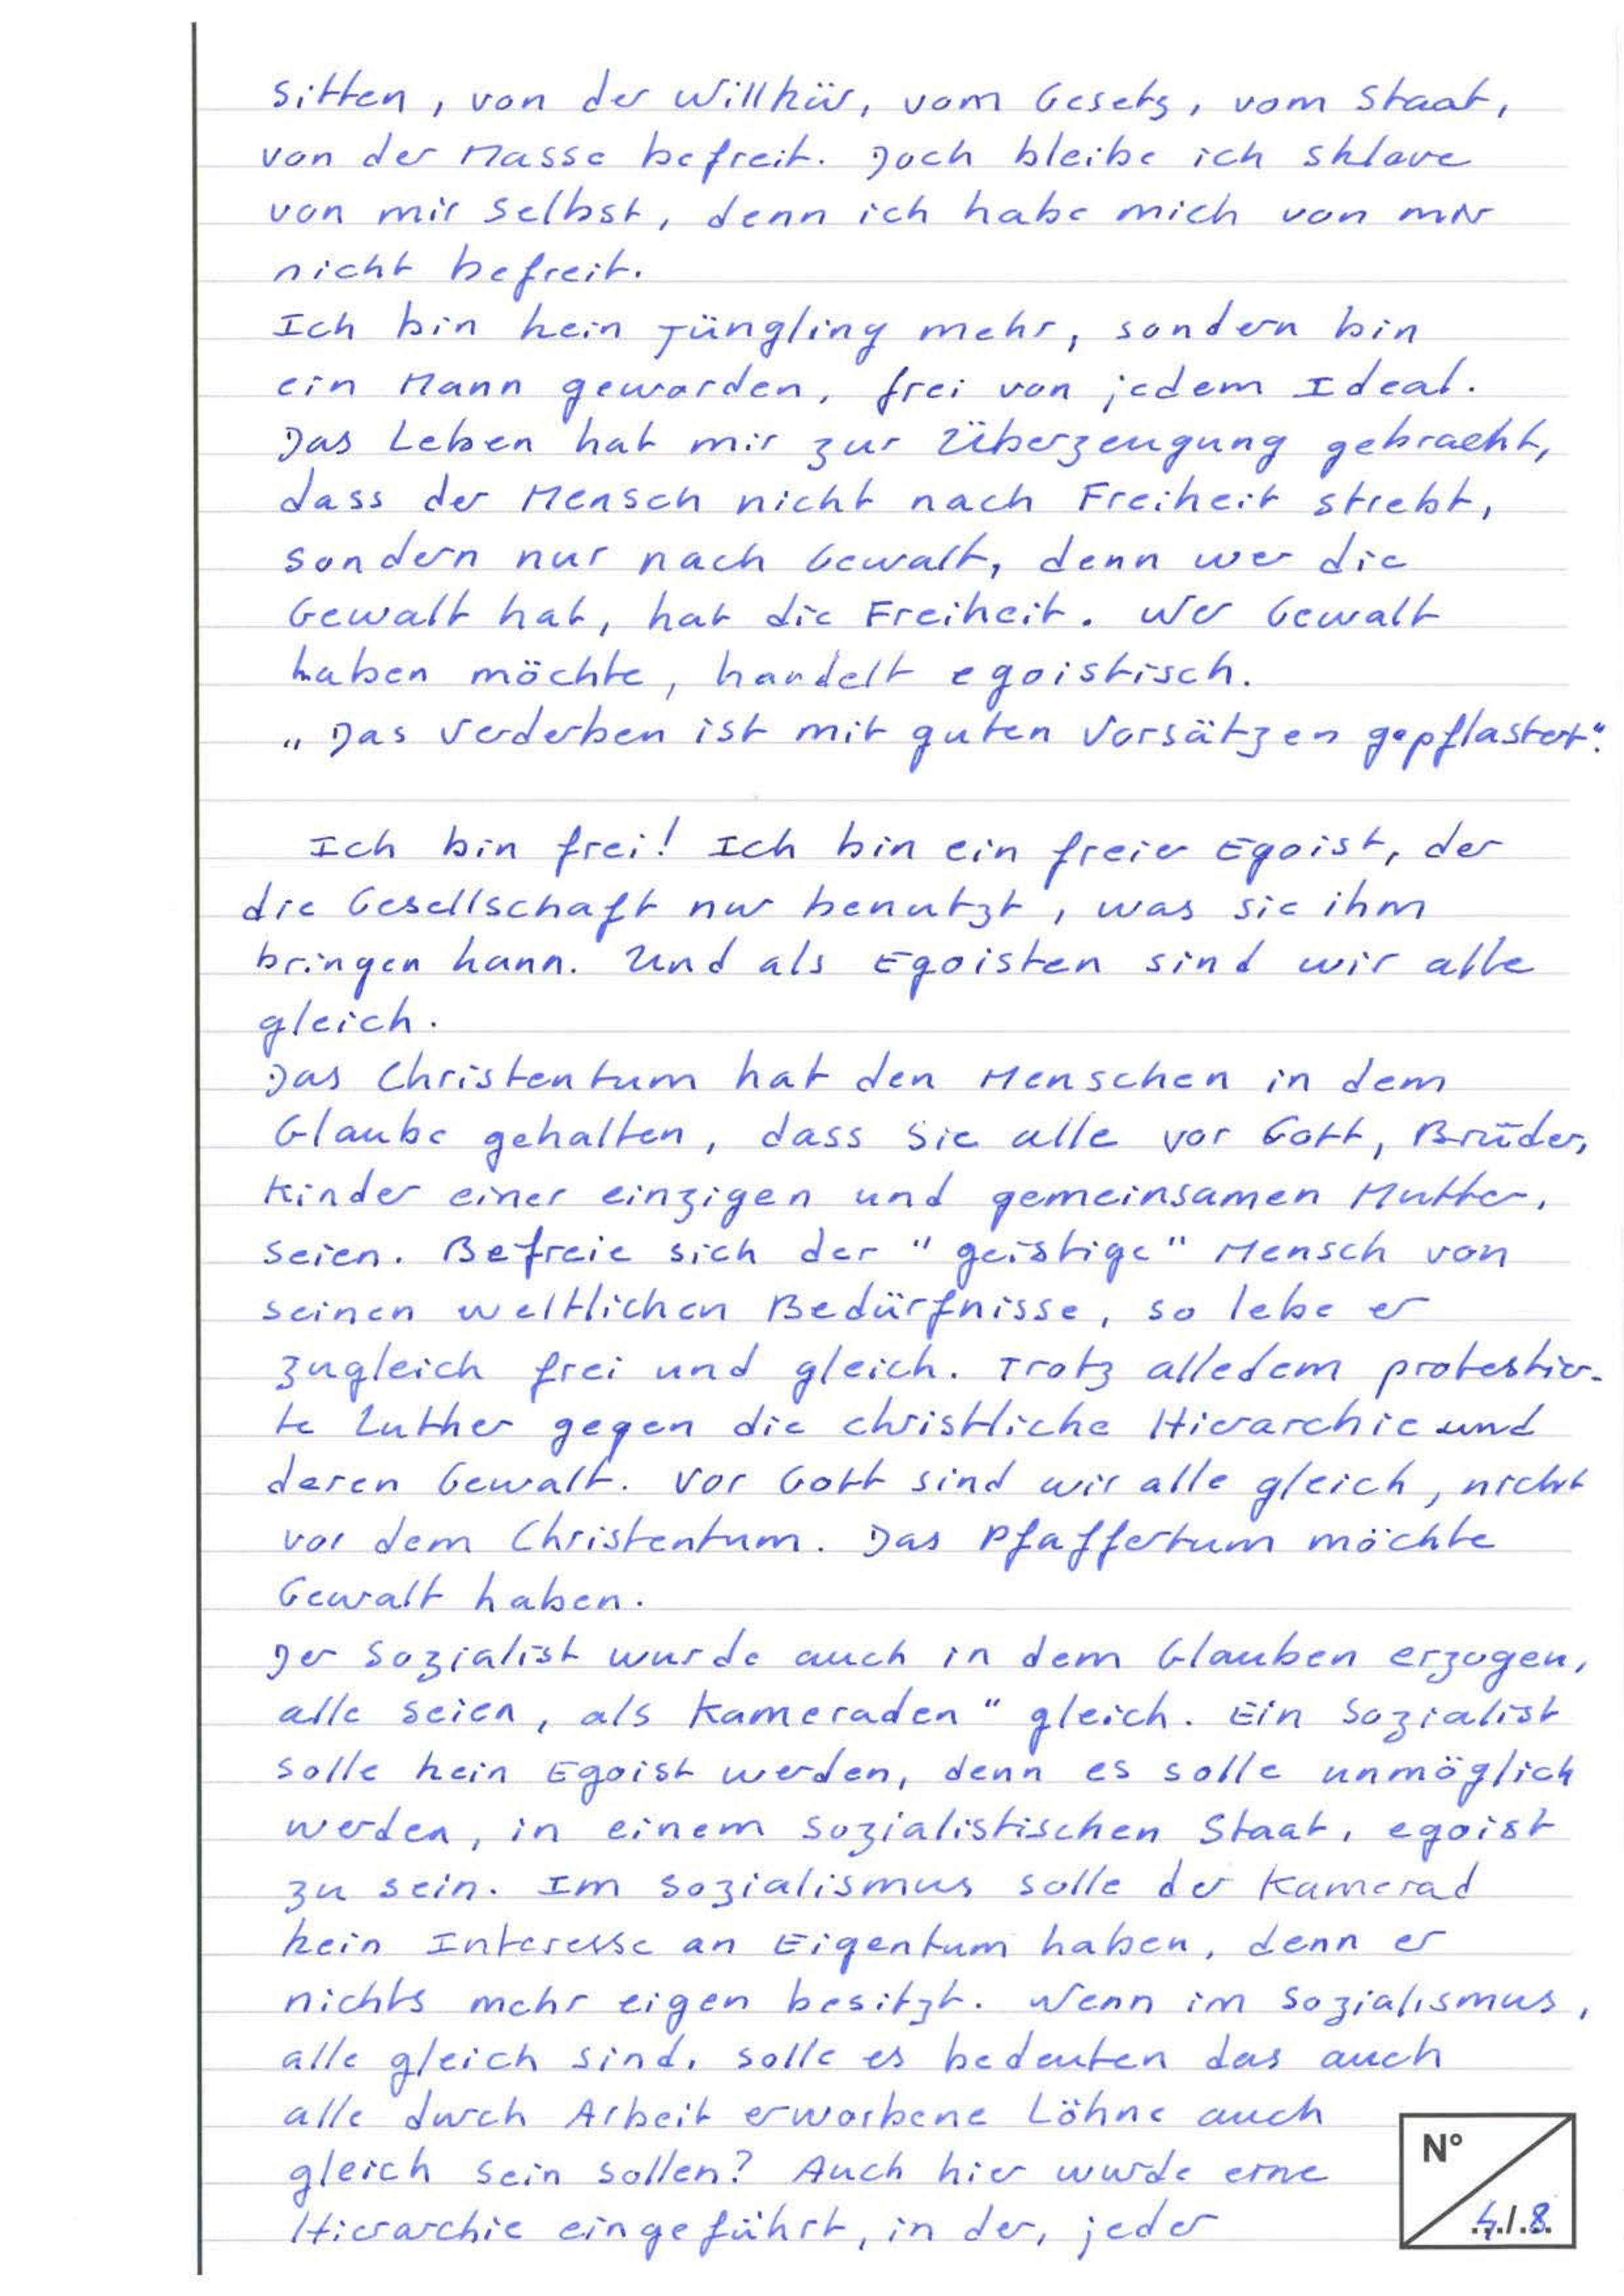
Sitten, von der Willkür, vom Gesetz, vom Staat,
von der Masse befreit. Doch bleibe ich Sklave
von mir selbst, denn ich habe mich von mir
nicht befreit.
Ich bin kein Jüngling mehr, sondern bin
ein Mann geworden, frei von jedem Ideal.
Das Leben hat mir zur Überzeugung gebracht,
dass der Mensch nicht nach Freiheit strebt,
sondern nur nach Gewalt, denn wir die
Gewalt hat, hat die Freiheit. Wer Gewalt
haben möchte, handelt egoistisch.
"Das Verderben ist mit guten Vorsätzen gepflastert".
Ich bin frei! Ich bin ein freier Egoist, der
die Gesellschaft nur benutzt, was sie ihm
bringen kann. Und als Egoisten sind wir alle
gleich.
Das Christentum hat den Menschen in dem
Glaube gehalten, dass Sie alle vor Gott, Brüder,
Kinder einer einzigen und gemeinsamen Mutter
seien. Befreie sich der "geistige" Mensch von
seinen weltlichen Bedürfnisse, so lebe er
zugleich frei und gleich. Trotz alledem protestier-
te Luther gegen die christliche Hierarchie und
deren Gewalt. Vor Gott sind wir alle gleich, nicht
vor dem Christentum. Das Pfaffertum möchte
Gewalt haben.
Der Sozialist wurde auch in dem Glauben erzogen,
alle seien "als Kameraden" gleich. Ein Sozialist
solle kein Egoist werden, denn es solle unmöglich
werden, in einem sozialistischen Staat, egoist
zu sein. Im Sozialismus solle der Kamerad
kein Interesse an Eigentum haben, denn er
nichts mehr eigen besitzt. Wenn im Sozialismus
alle gleich sind, solle es bedeuten das auch
alle durch Arbeit erworbene Löhne auch
gleich sein sollen? Auch hier wurde eine
4/8
Hierachie eingeführt, in der jeder